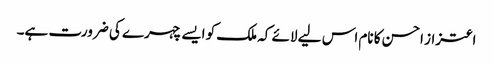
اعتزاز احسن کا نام اس لیے لائے کہ ملک کو ایسے چہرے کی ضرورت ہے۔